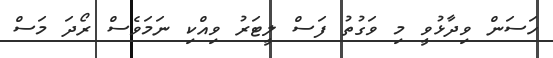
ހަސަން ވިދާޅުވީ މި ވަގުތު ފަސް ލީޓަރު ވިއްކި ނަމަވެސް ރޯދަ މަސް